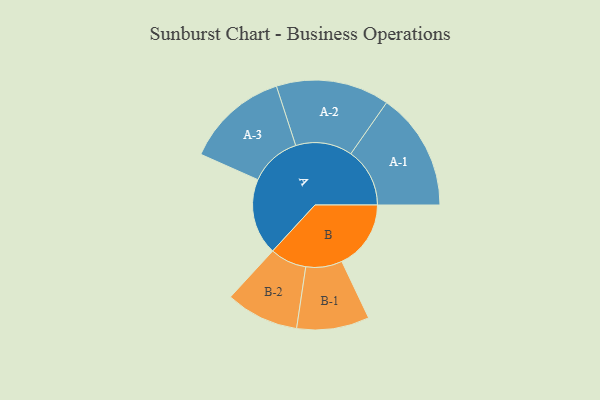
{"axis": {"x": "Segment", "y": "Value"}, "legend": ["", "A", "B"], "data": [{"x": "A", "y": 307, "type": ""}, {"x": "B", "y": 278, "type": ""}, {"x": "A-1", "y": 237, "type": "A"}, {"x": "A-2", "y": 228, "type": "A"}, {"x": "A-3", "y": 207, "type": "A"}, {"x": "B-1", "y": 146, "type": "B"}, {"x": "B-2", "y": 147, "type": "B"}]}